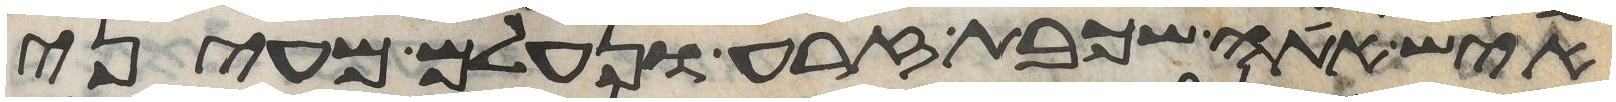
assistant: איש אתה שכבת זרע ונעלם מעיני